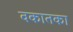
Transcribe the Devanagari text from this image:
वकातका